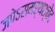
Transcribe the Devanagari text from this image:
जपेऽसमर्थश्चेद